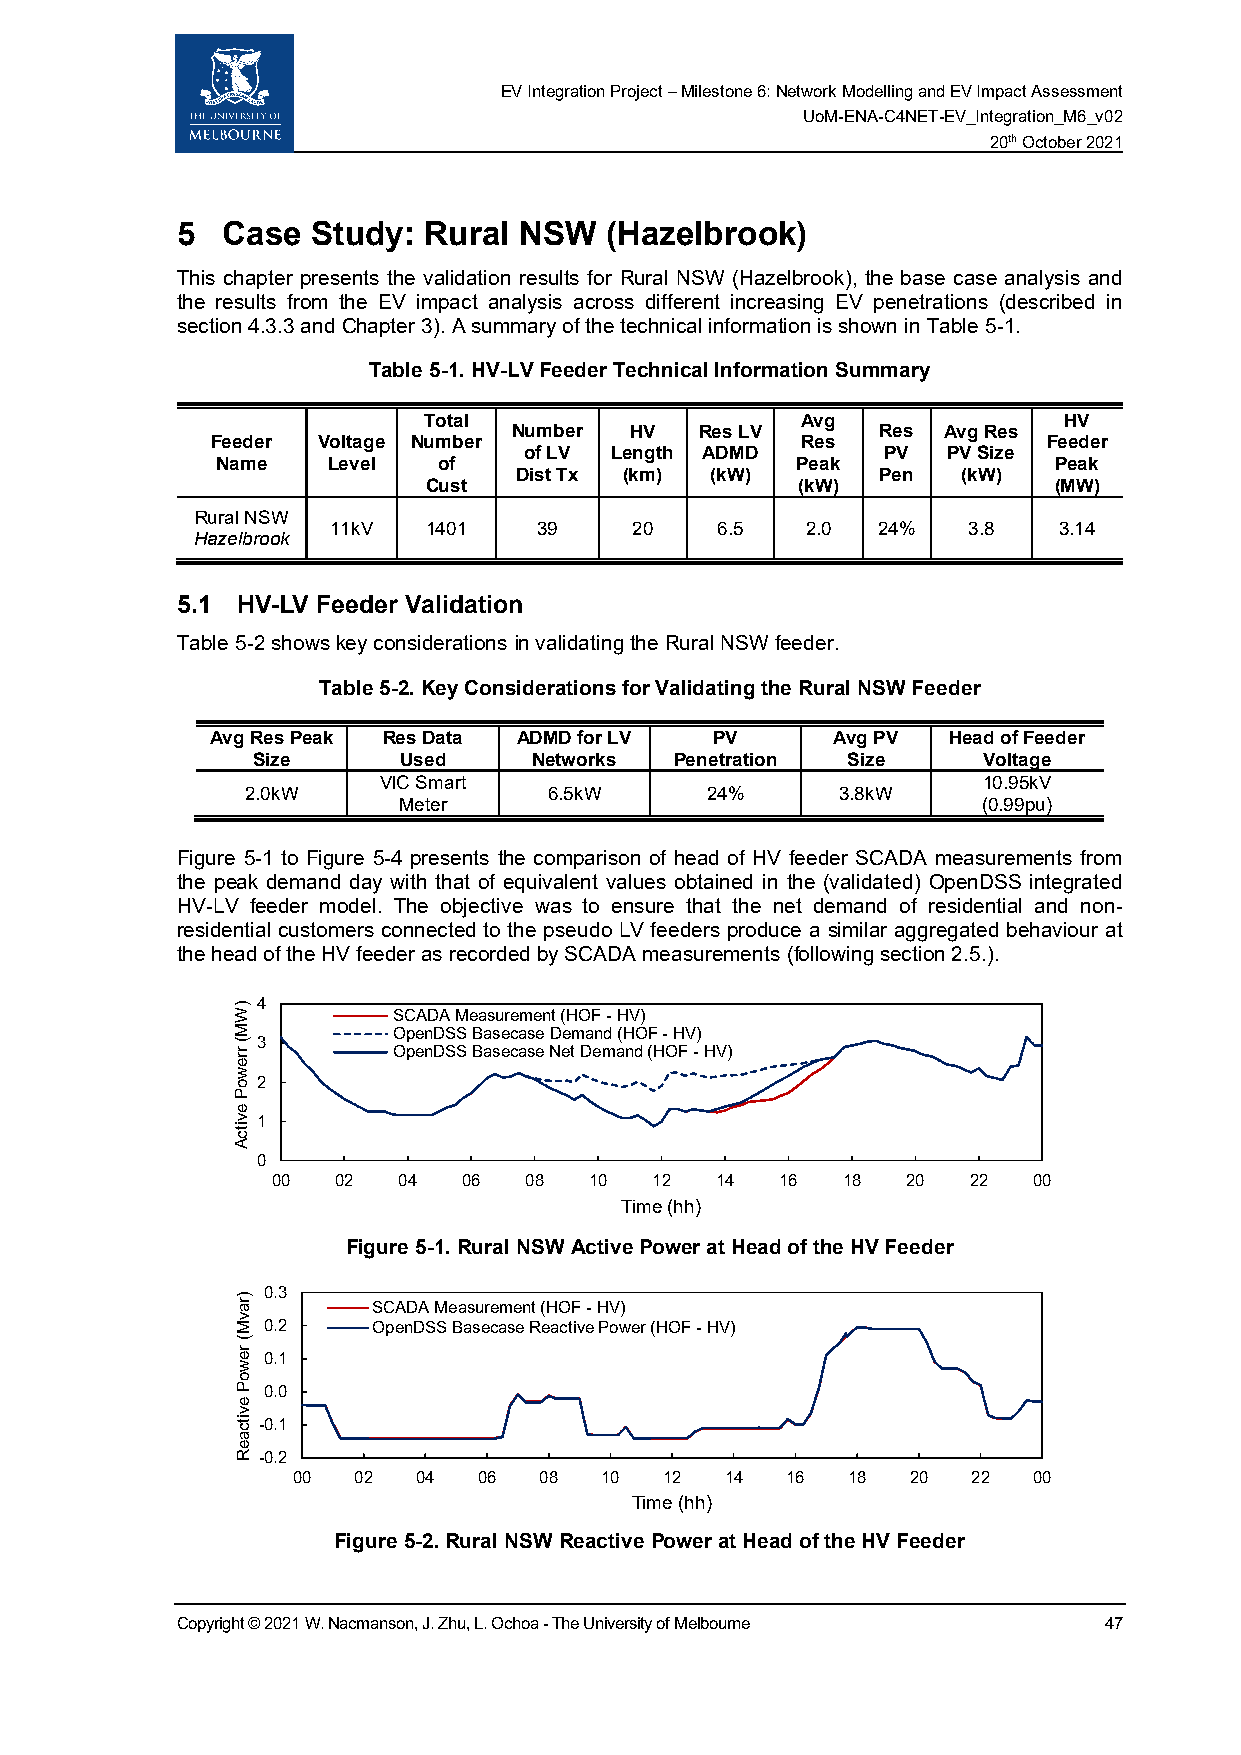
EV Integration Project – Milestone 6: Network Modelling and EV Impact Assessment
 UoM-ENA-C4NET-EV_Integration_M6_v02
 20th October 2021
 5  Case  Study: Rural NSW   (Hazelbrook)
 This chapter presents the validation results for Rural NSW (Hazelbrook), the base case analysis and
 the results from the EV impact analysis across different increasing EV penetrations (described in
 section 4.3.3 and Chapter 3). A summary of the technical information is shown in Table 5-1.
 Table 5-1. HV-LV Feeder Technical Information Summary
 Total                    Avg              HV
 Number  HV  Res LV      Res Avg Res
 Feeder Voltage Number                  Res             Feeder
 of LV Length ADMD      PV   PV Size
 Name    Level  of                      Peak             Peak
 Dist Tx (km) (kW)       Pen   (kW)
 Cust                     (kW)             (MW)
 Rural NSW
 11kV  1401    39    20   6.5   2.0  24%   3.8   3.14
 Hazelbrook
 5.1 HV-LV Feeder Validation
 Table 5-2 shows key considerations in validating the Rural NSW feeder.
 Table 5-2. Key Considerations for Validating the Rural NSW Feeder
 Avg Res Peak Res Data ADMD for LV PV     Avg PV  Head of Feeder
 Size     Used     Networks  Penetration Size    Voltage
 VIC Smart                               10.95kV
 2.0kW               6.5kW      24%      3.8kW
 Meter                                  (0.99pu)
 Figure 5-1 to Figure 5-4 presents the comparison of head of HV feeder SCADA measurements from
 the peak demand day with that of equivalent values obtained in the (validated) OpenDSS integrated
 HV-LV feeder model. The objective was to ensure that the net demand of residential and non-
 residential customers connected to the pseudo LV feeders produce a similar aggregated behaviour at
 the head of the HV feeder as recorded by SCADA measurements (following section 2.5.).
 4
 SCADA Measurement (HOF - HV)
 OpenDSS Basecase Demand (HOF - HV)
 3
 OpenDSS Basecase Net Demand (HOF - HV)
 2
 1
 0
 00  02  04   06  08  10  12  14   16  18  20  22  00
 Time (hh)
 Figure 5-1. Rural NSW Active Power at Head of the HV Feeder
 0.3
 SCADA Measurement (HOF - HV)
 0.2     OpenDSS Basecase Reactive Power (HOF - HV)
 0.1
 0.0
 -0.1
 -0.2
 00  02   04  06  08  10  12  14  16  18  20  22  00
 Time (hh)
 Figure 5-2. Rural NSW Reactive Power at Head of the HV Feeder
 Copyright © 2021 W. Nacmanson, J. Zhu, L. Ochoa - The University of Melbourne 47
 )WM(
 rrewoP
 evitcA
 )ravM(
 rewoP
 evitcaeR